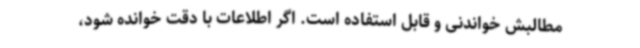
مطالبش خواندنی و قابل استفاده است. اگر اطلاعات با دقت خوانده شود،